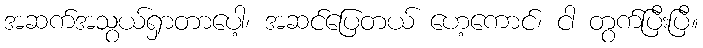
အဆက်အသွယ်ရှာတာပေါ့၊ အဆင်ပြေတယ် ဟေ့ကောင်၊ ငါ တွက်ပြီးပြီ။